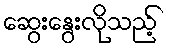
ဆွေးနွေးလိုသည့်